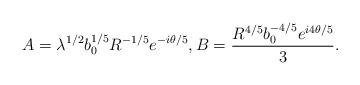
LaTeX: \begin{align*}A = \lambda^{1/2}b_{0}^{1/5}R^{-1/5}e^{-i\theta/5} ,B = \frac{R^{4/5}b_{0}^{-4/5}e^{i4\theta/5}}{3}.\end{align*}